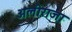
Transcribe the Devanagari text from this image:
अलीराजा